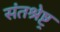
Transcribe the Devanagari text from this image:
संतश्रेष्ट्र